Annual report of the Bengal Veterinary College and of the Civil Veterinary Department, Bengal, for the year 1913-1914 - 1913-1914
Year: 1913
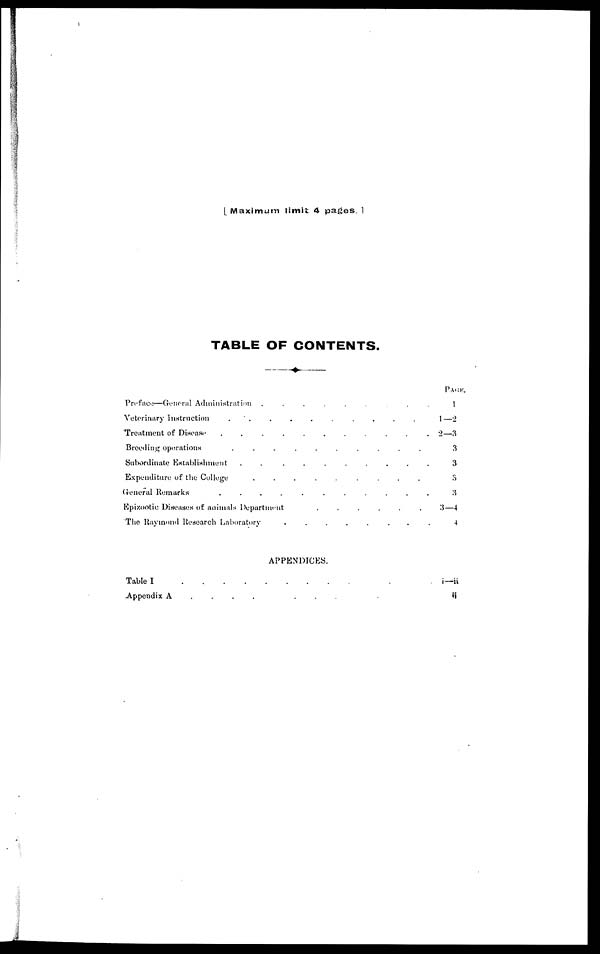
[ Maximum limit 4 pages, ]
TABLE OF CONTENTS.
Preface—General Administration
.
.
.
.
.
.
.
.
.
Veterinary Instruction
.
.
.
.
.
.
.
.
.
.
Treatment of Disease . . . . . . . . . . .
Breeding operations
.
.
.
.
.
.
.
.
.
.
Subordinate Establishment. . . . . .
Expenditure of the College . . . . . . . . . .
General Remarks. . . . . . .
Epizootic Diseases of animals Department
.
.
.
.
.
.
The Raymond Research Laboratory
.
.
.
.
.
.
.
.
APPENDICES.
Table I
.
.
.
.
.
.
.
.
.
.
Appendix A
.
.
.
.
.
.
.
.
PAGE
1
1—2
2—3
3
3
3
3
3—4
4
i-ii
ii